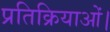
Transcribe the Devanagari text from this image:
प्रतिक्रियाओं।